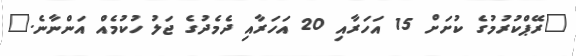
"ރޭޕްކުރުމުގެ ކުށަށް 15 އަހަރާއި 20 އަހަރާއި ދެމެދުގެ ޖަލު ހުކުމެއް އަންނާނެ."